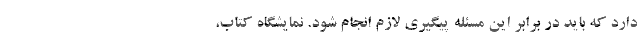
دارد که باید در برابر این مسئله پیگیری لازم انجام شود. نمایشگاه کتاب،